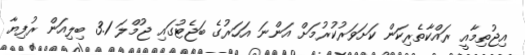
އިޖުތިމާއީ ރައްކާތެރިކަން ކަށަވަރުކުރުމަށް އަންނަ އަހަރުގެ ބަޖެޓުގައި ޖުމްލަ 3.1 ބިލިއަން ރުފިޔާ